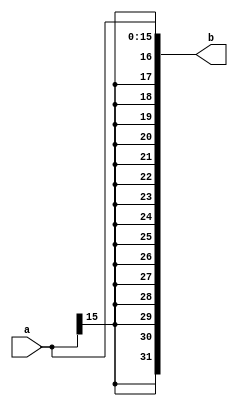
module expander16_32(input [15:0] a, output [31:0] b);
	assign b = { {16{a[15]}}, a };
endmodule